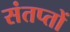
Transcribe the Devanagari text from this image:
संतप्तों